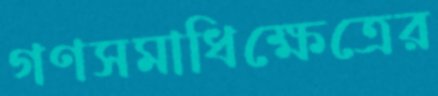
গণসমাধিক্ষেত্রের